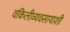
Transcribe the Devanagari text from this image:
वकिलीव्यवसायाशी